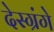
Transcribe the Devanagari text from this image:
देस्ग्रंगे